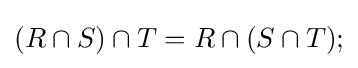
(R\cap S)\cap T=R\cap (S\cap T);